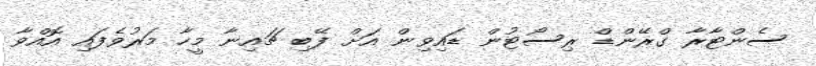
ސެންޓާރާ ގްރޭންޑް ރިސޯޓުން ޑައިވިން އަށް ފޭބި ޗައިނާ މީހާ މަރުވެފައި އޮއްވާ